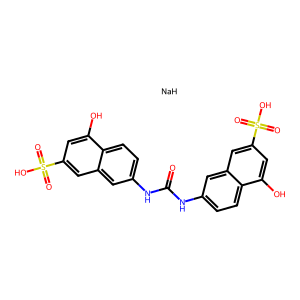
SMILES: O=C(Nc1ccc2c(O)cc(S(=O)(=O)O)cc2c1)Nc1ccc2c(O)cc(S(=O)(=O)O)cc2c1.[NaH]
Inhibits HIV replication: Yes